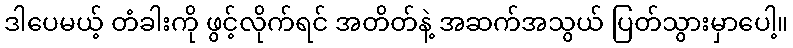
ဒါပေမယ့် တံခါးကို ဖွင့်လိုက်ရင် အတိတ်နဲ့ အဆက်အသွယ် ပြတ်သွားမှာပေါ့။